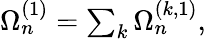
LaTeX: \begin{array}{r}{\Omega_{n}^{(1)}=\sum_{k}\Omega_{n}^{(k,1)},}\end{array}